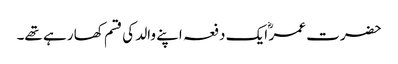
حضرت عمر ؓ ایک دفعہ اپنے والد کی قسم کھا رہے تھے۔